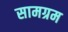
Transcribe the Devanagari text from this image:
सामग्रम